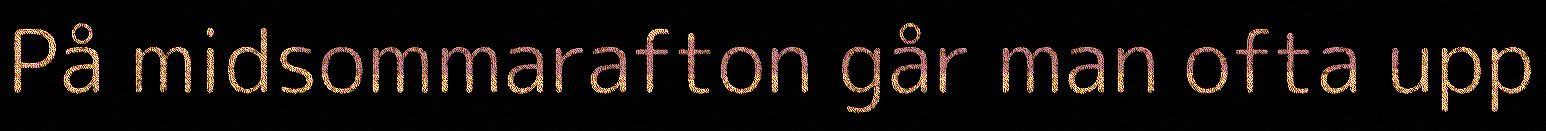
På midsommarafton går man ofta upp